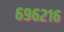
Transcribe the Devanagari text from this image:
६९६२१६